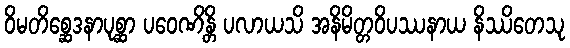
ဝိမတိစ္ဆေဒနာပုစ္ဆာ ပဝေဏိန္တိ ပလာယသိ အနိမိတ္တဝိပဿနာယ နိဿိတေသု